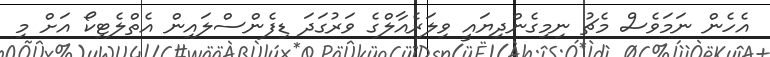
އެހެން ނަމަވެސް މެޗު ނިމިގެންދިޔައީ ވިލަރެއާލްގެ ވަރުގަދަ ޑިފެންސްލައިން އެތްލެޓިކޯ އަށް މި